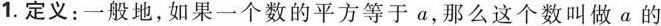
1. 定义：一般地，如果一个数的平方等于a，那么这个数叫做a的